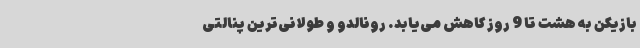
بازیکن به هشت تا 9 روز کاهش می‌یابد. رونالدو و طولانی‌ترین پنالتی